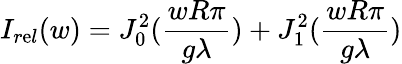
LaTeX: I_{r\mathrm{e}l}(w)=J_{0}^{2}({\frac{{wR\pi}}{{g\lambda}}})+J_{1}^{2}({\frac{{wR\pi}}{{g\lambda}}})